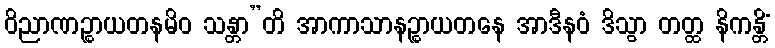
ဝိညာဏဉ္စာယတနမိဝ သန္တာ”တိ အာကာသာနဉ္စာယတနေ အာဒီနဝံ ဒိသွာ တတ္ထ နိကန္တိံ